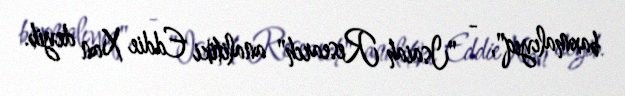
baxmalıyıq", - "Isaiah Research" analitiki Eddie Xan deyib.